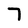
Character: 7